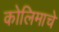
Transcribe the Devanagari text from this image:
कोलिमाचे